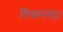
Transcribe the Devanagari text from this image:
निधानम्।।